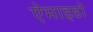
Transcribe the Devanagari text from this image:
ऐमाइडों